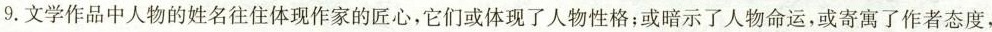
9.文学作品中人物的姓名往住体现作家的匠心，它们或体现了人物性格；或暗示了人物命运，或寄寓了作者态度，